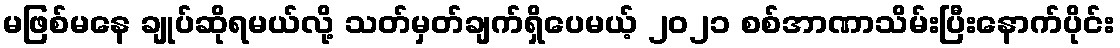
မဖြစ်မနေ ချုပ်ဆိုရမယ်လို့ သတ်မှတ်ချက်ရှိပေမယ့် ၂၀၂၁ စစ်အာဏာသိမ်းပြီးနောက်ပိုင်း